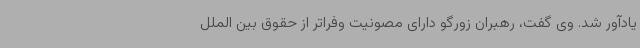
یادآور شد. وی گفت، رهبران زورگو دارای مصونیت وفراتر از حقوق بین الملل